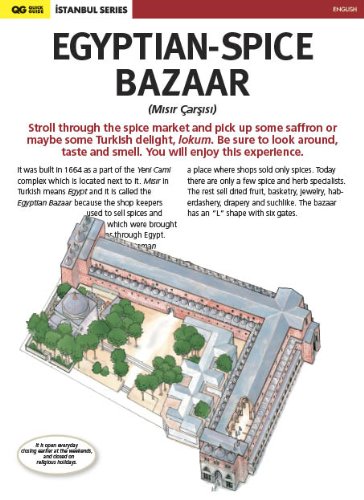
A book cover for Egyptian-Spice Bazaar in Istanbul; Serif Yenen; Travel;